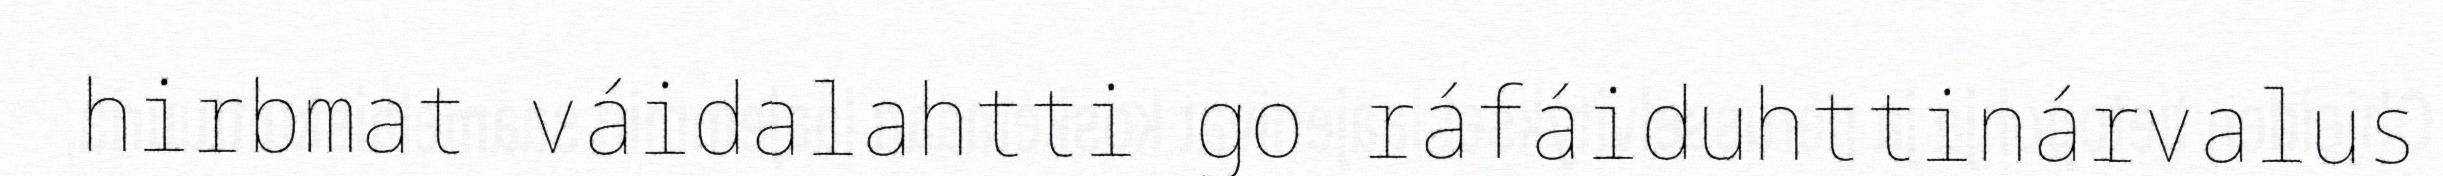
hirbmat váidalahtti go ráfáiduhttinárvalus